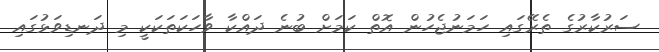
ސަރުކާރުގެ ތެރޭގައި ހަމަނުޖެހުން އޮތް ކަމަށް ބުނެ ދައްކާ ވާހަކަތަކަކީ މި ދަނޑިވަޅުގައި